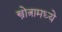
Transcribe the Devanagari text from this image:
स्त्रोत्रामध्ये